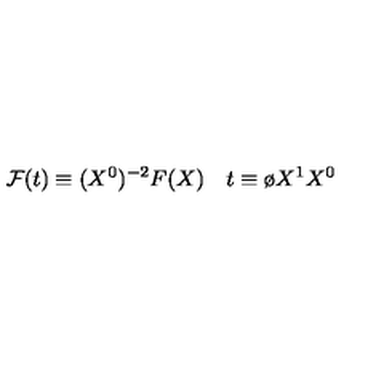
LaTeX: { \cal F } ( t ) \equiv ( X ^ { 0 } ) ^ { - 2 } F ( X ) \quad t \equiv { \o { X ^ { 1 } } { X ^ { 0 } } }